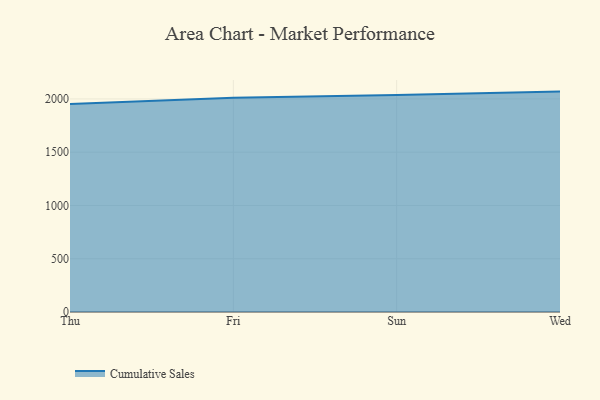
{"axis": {"x": "Day", "y": "Revenue (USD Million)"}, "legend": ["Cumulative Sales"], "data": [{"x": "Thu", "y": 1952.7, "type": "Cumulative Sales"}, {"x": "Fri", "y": 2010.0, "type": "Cumulative Sales"}, {"x": "Sun", "y": 2037.0, "type": "Cumulative Sales"}, {"x": "Wed", "y": 2068.6, "type": "Cumulative Sales"}]}